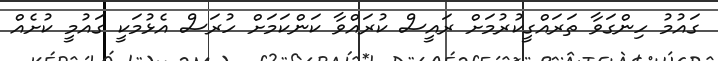
ގައުމު ހިންގަވާ ތަރައްގީކުރުމަށް ރައީސް ކުރައްވާ ކަންކަމަށް ހުރަސް އެޅުމަކީ ގައުމީ ކުށެއް